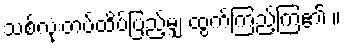
သစ်လုံးတပ်ထိပ်ပြည့်မျှ ထွက်ကြည့်ကြ၏ ။